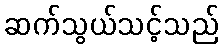
ဆက်သွယ်သင့်သည်